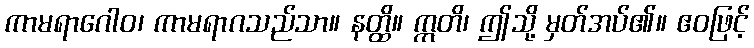
ကာမရာဂေါဝ၊ ကာမရာဂသည်သာ။ နတ္ထိ။ ဣတိ၊ ဤသို့ မှတ်အပ်၏။ ဧဝဖြင့်